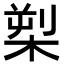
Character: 𪲫